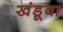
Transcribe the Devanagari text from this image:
खंडूवा